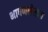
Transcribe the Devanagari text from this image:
भाषणलेखक